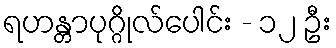
ရဟန္တာပုဂ္ဂိုလ်ပေါင်း - ၁၂ ဦး